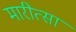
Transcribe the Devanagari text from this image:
मारीत्सा